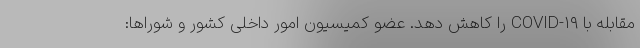
مقابله با COVID-۱۹ را کاهش دهد. عضو کمیسیون امور داخلی کشور و شوراها: